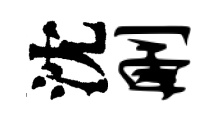
沈删